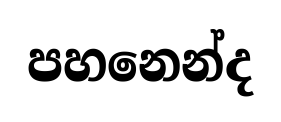
පහනෙන්ද